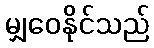
မျှဝေနိုင်သည်